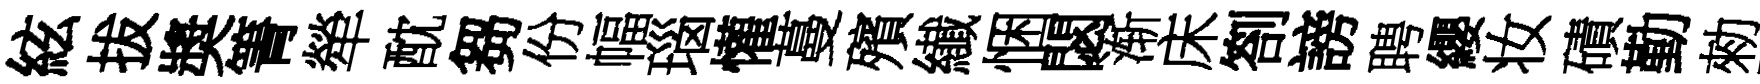
絃拔奬箐犖酖芻份幅瑙懽蔓殯纎悃閟渐床劄謗聘纓妆磧勤勑閻